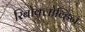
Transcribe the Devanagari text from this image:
रिबोक्लोव्हिन